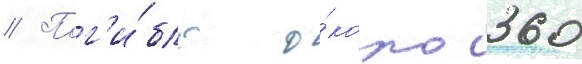
// Пог'и́бло о́коло 360